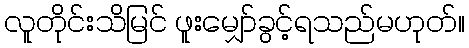
လူတိုင်းသိမြင် ဖူးမျှော်ခွင့်ရသည်မဟုတ်။